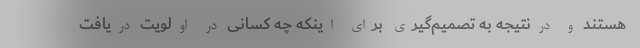
هستند و درنتیجه به تصمیم‌گیری برای اینکه چه کسانی در اولویت دریافت